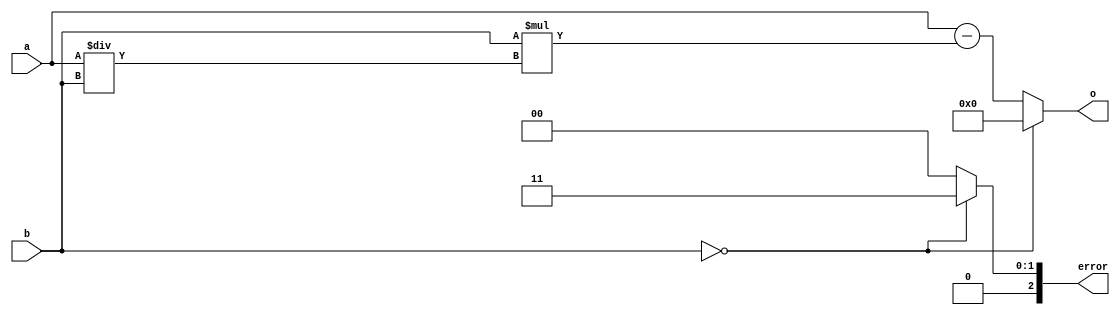
/*
   This file was generated automatically by the Mojo IDE version B1.3.6.
   Do not edit this file directly. Instead edit the original Lucid source.
   This is a temporary file and any changes made to it will be destroyed.
*/

module modulo_24 (
    input [15:0] a,
    input [15:0] b,
    output reg [15:0] o,
    output reg [2:0] error
  );
  
  
  
  reg [15:0] quotient;
  
  always @* begin
    o = 1'h0;
    error = 1'h0;
    quotient = 1'h0;
    if (b == 1'h0) begin
      error = 3'h3;
    end else begin
      quotient = a / b;
      o = a - (b * quotient);
    end
  end
endmodule